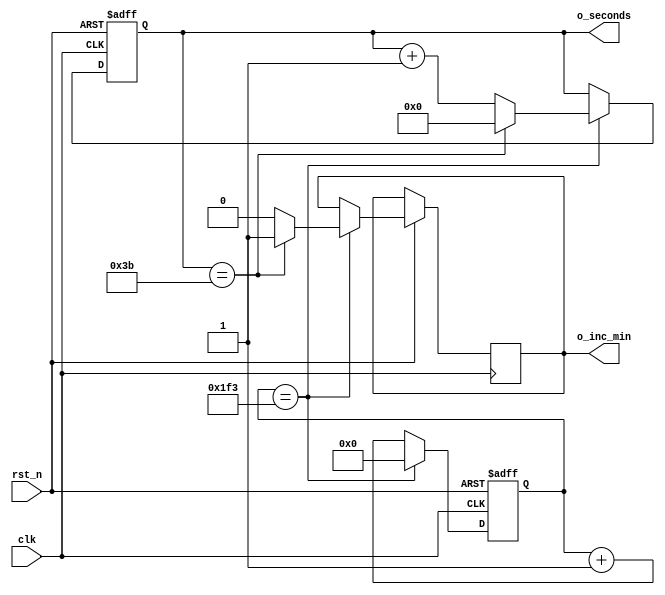
module seconds #(
    parameter CLOCK_FREQ = 32'd500
) (
    input clk,
    input rst_n,
    output [5:0] o_seconds,
    output o_inc_min
);

  localparam ONE_SECOND = CLOCK_FREQ - 1;  // (0-59 there are 60 clocks)

  // Internal logic 
  reg [5:0] seconds_cnt;  // 0-59 seconds
  reg [31:0] cnt_1sec;  // counts every clock cycle (max val is 2**32 > 4.2bln)
  reg inc_min;

  always @(posedge clk or negedge rst_n) begin
    if (!rst_n) begin  // hard reset 
      cnt_1sec <= 0;
      seconds_cnt <= 0;

    end else begin
      if (cnt_1sec == ONE_SECOND) begin
        cnt_1sec <= 0;

        if (seconds_cnt == 6'd59) begin
          seconds_cnt <= 0;
          inc_min <= 1;

        end else begin
          seconds_cnt <= seconds_cnt + 1'b1;
          inc_min <= 0;
        end

      end else begin
        cnt_1sec <= cnt_1sec + 1'b1;
      end
    end
  end

  assign o_inc_min = inc_min;
  assign o_seconds = seconds_cnt;

endmodule